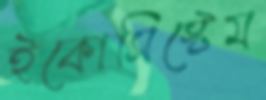
ইকোসিস্টেম